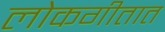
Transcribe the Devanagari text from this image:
लोकगीतात